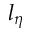
l _ { \eta }